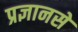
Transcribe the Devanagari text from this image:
प्रज्ञानसे